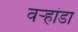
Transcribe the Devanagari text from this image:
वर्‍हांडा